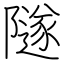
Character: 隧